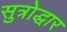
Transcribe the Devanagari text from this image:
सुत्रोद्धार